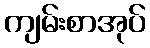
ကျမ်းစာအုပ်